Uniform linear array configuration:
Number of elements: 64
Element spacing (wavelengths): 1
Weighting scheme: exponential
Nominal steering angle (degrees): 60
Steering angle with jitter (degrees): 60.115
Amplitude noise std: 0.05
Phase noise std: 0.05

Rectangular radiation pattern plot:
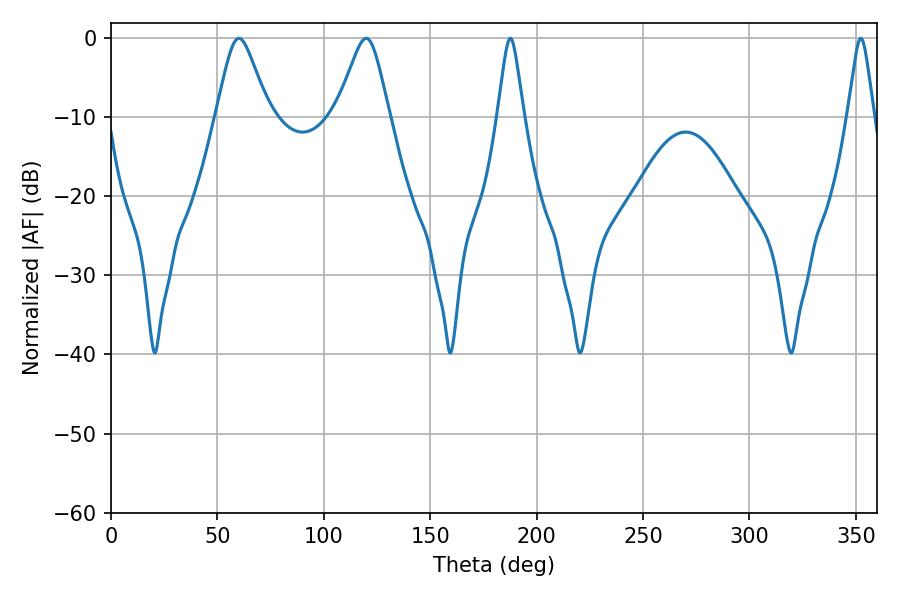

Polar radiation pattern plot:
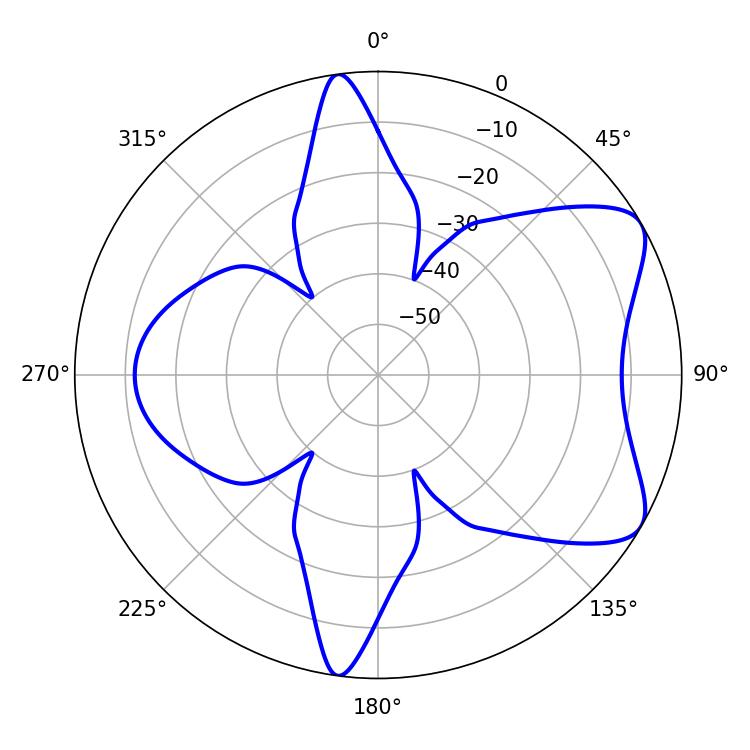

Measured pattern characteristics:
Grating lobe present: TRUE
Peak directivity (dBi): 7.054
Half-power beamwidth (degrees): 11.7
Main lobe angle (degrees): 60.12